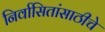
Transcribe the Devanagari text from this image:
निर्वासितांसाठीचे